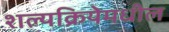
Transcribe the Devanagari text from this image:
शल्यक्रियेमधील